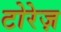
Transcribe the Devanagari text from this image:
टोरेज़